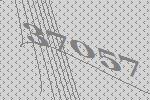
37057